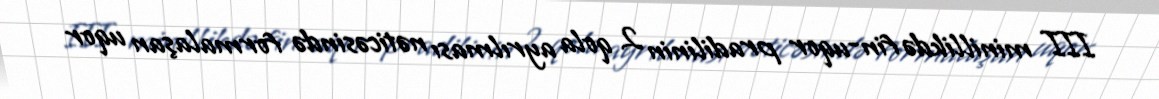
III minillikdə fin-uqor pradilinin 2 qola ayrılması nəticəsində formalaşan uqor